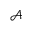
\mathcal { A }